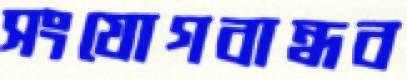
সংযোগবান্ধব